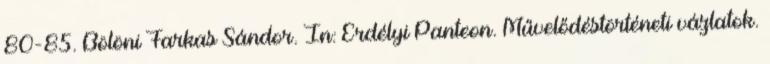
80-85. Bölöni Farkas Sándor. In: Erdélyi Panteon. Művelődéstörténeti vázlatok.